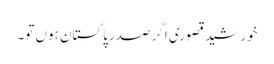
خورشید قصوری اگر صدرِپاکستان ہوں تو۔